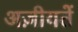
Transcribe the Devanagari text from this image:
अज़ीयतें